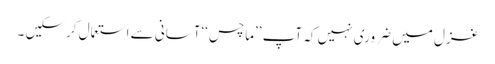
غزل میں ضروری نہیں کہ آپ ’’ماچس‘‘آسانی سے استعمال کرسکیں ۔